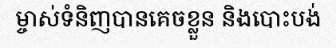
ម្ចាស់ទំនិញបានគេចខ្លួន និងបោះបង់